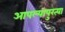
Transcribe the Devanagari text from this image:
आपल्यापुरत्या